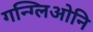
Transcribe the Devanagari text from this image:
गन्ग्लिओनि